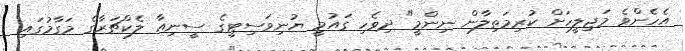
އެހެންވެ މަޖިލީހަށް ކުރިމަތިލާން ނިންމީ" ދިވެހި ގައުމީ ޔުނިވަސިޓީގެ ސީނިއާ ލެކްޗަރާގެ މަގާމުގައި